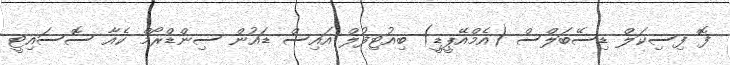
ފޮ ފިސިކަލް ޑިސޭބަލްސް (އެމްއޭޕީޑީ) ބިއުޓިފުލް އައިސް ޑައުން ސިންޑްރޯމް ކެއާ ސޮސައިޓީ